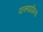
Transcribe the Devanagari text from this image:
वाक्यप्रक्रिया